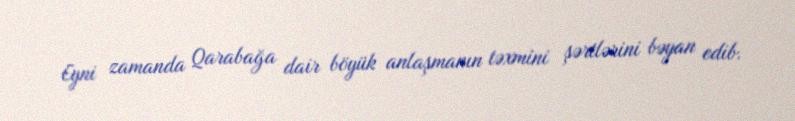
Eyni zamanda Qarabağa dair böyük anlaşmanın təxmini şərtlərini bəyan edib.